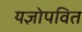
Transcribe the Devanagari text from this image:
यज्ञोपवित